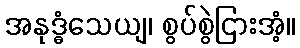
အနုဒ္ဓံသေယျ၊ စွပ်စွဲငြားအံ့။